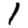
Digit: 1